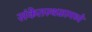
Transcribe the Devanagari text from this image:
संकेतस्थळामध्ये